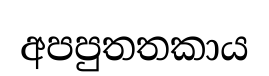
අපපුතතකාය